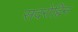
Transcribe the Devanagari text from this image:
सदरोद्दिन